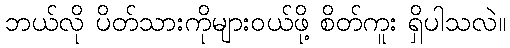
ဘယ်လို ပိတ်သားကိုများဝယ်ဖို့ စိတ်ကူး ရှိပါသလဲ။